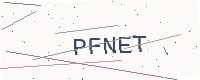
Text: PFNET